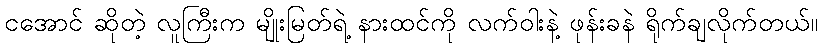
ငအောင် ဆိုတဲ့ လူကြီးက မျိုးမြတ်ရဲ့ နားထင်ကို လက်ဝါးနဲ့ ဖုန်းခနဲ ရိုက်ချလိုက်တယ်။